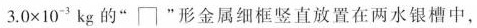
3.0×10^{-3}kg的”\sqcap”形金属细框竖直放置在两水银槽中，